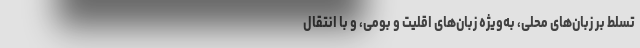
تسلط بر زبان‌های محلی، به‌ویژه زبان‌های اقلیت و بومی، و با انتقال